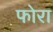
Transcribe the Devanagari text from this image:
फोरा